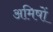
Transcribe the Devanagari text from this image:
अमिषों